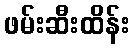
ဖမ်းဆီးထိန်း